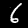
Digit: 6